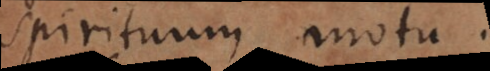
spirituum motu.